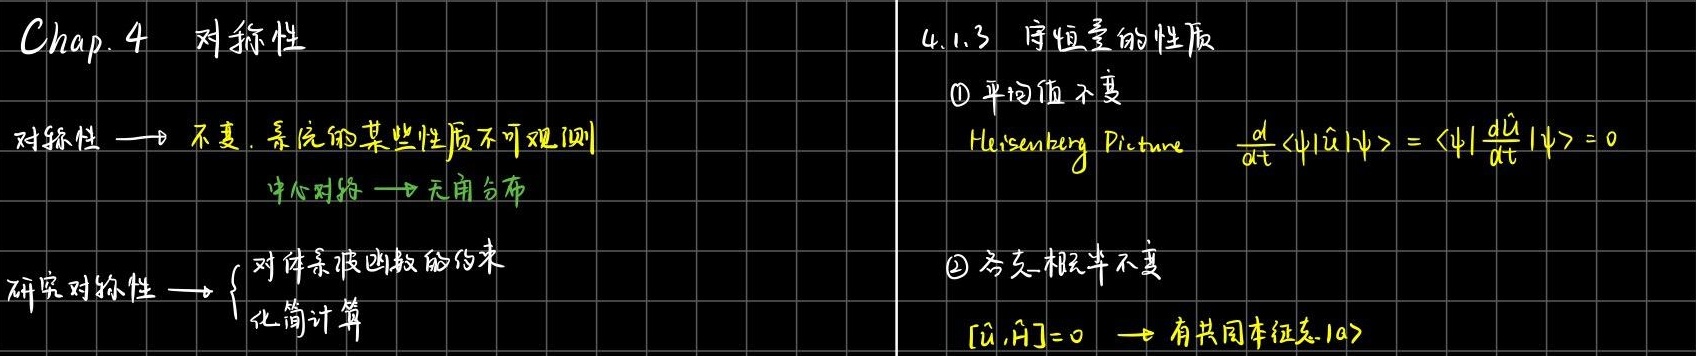
Chap. 4 对称性

对称性 $\longrightarrow$ 不变，系统的某些性质不可观测
中心对称 $\longrightarrow$ 无角分布

研究对称性 $\longrightarrow$ $\begin{cases}对体系波函数的约束\\ 化简计算\end{cases}$

4.1.3 守恒量的性质

\textcircled{1} 平均值不变

Heisenberg Picture $\frac{d}{dt}\langle\psi|\hat{u}|\psi\rangle = \langle\psi|\frac{d\hat{u}}{dt}|\psi\rangle = 0$

\textcircled{2} 与 $\hat{H}$ 对易

$[\hat{u},\hat{H}] = 0$ $\longrightarrow$ 有共同本征态 $|a\rangle$